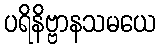
ပရိနိဗ္ဗာနသမယေ